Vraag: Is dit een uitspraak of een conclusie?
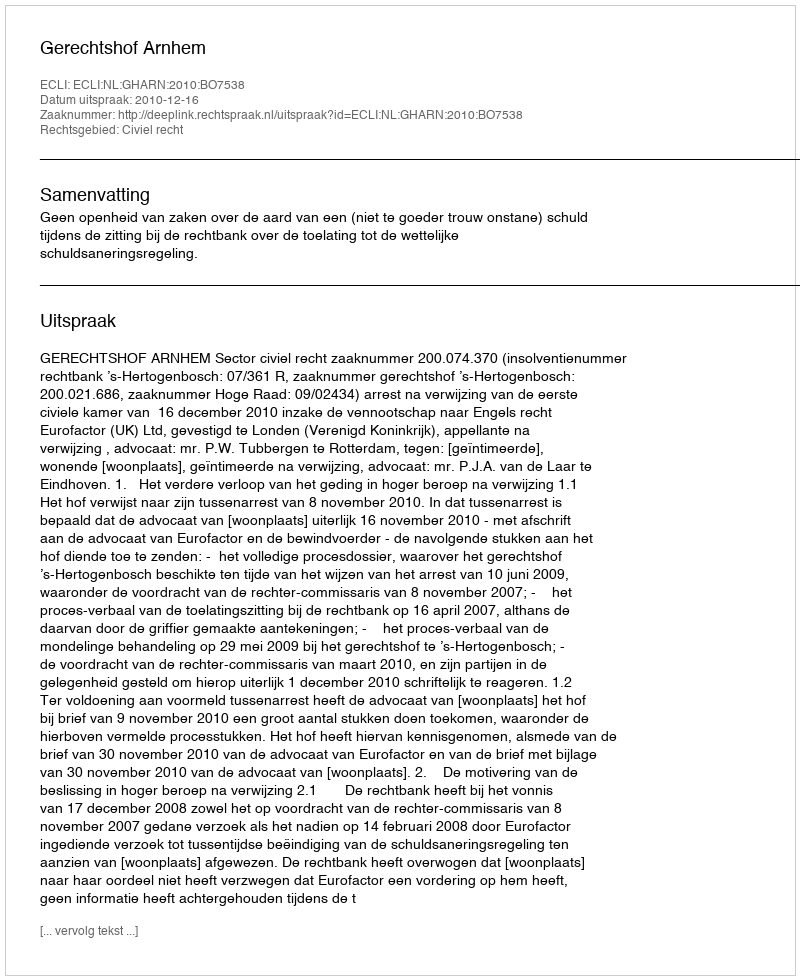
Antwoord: Uitspraak